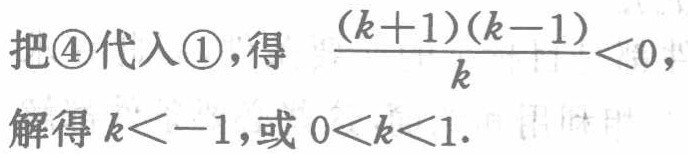
把\textcircled{4}代入\textcircled{1},得 \(\frac{(k + 1)(k - 1)}{k}<0\)，

解得 \(k < - 1\)，或 \(0 < k < 1\).